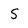
Character: S